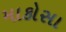
માકોસા